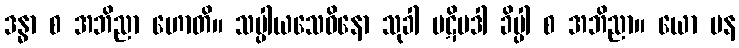
ဒန္ဓာ စ အဘိညာ ဟောတိ။ သပ္ပါယသေဝိနော သုခါ ပဋိပဒါ ခိပ္ပါ စ အဘိညာ။ ယော ပန